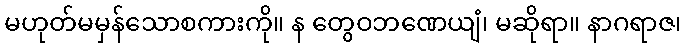
မဟုတ်မမှန်သောစကားကို။ န တွေဝဘဏေယျံ၊ မဆိုရာ။ နာဂရာဇ၊